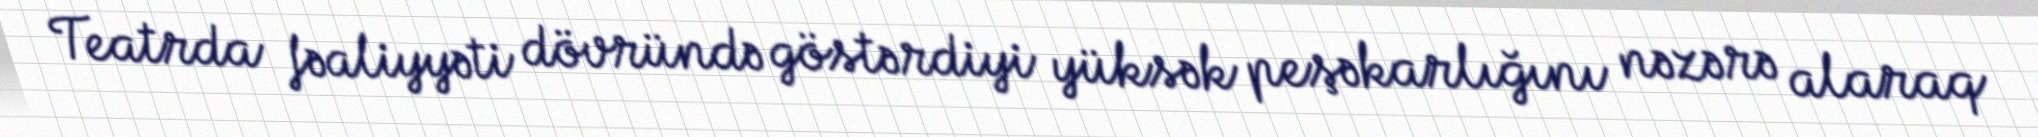
Teatrda fəaliyyəti dövründə göstərdiyi yüksək peşəkarlığını nəzərə alaraq